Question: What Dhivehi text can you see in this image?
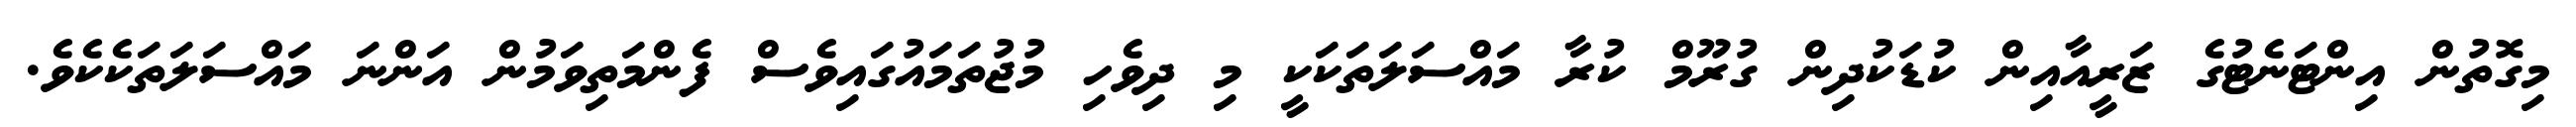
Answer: މިގޮތުން އިންޓަނެޓުގެ ޒަރީއާއިން ކުޑަކުދިން ގުރޫމް ކުރާ މައްސަލަތަކަކީ މި ދިވެހި މުޖުތަމައުގައިވެސް ފެންމަތިވަމުން އަންނަ މައްސަލަތަކެކެވެ.